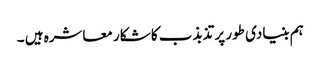
ہم بنیادی طور پر تذبذب کا شکار معاشرہ ہیں ۔